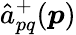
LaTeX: {\hat{a}}_{pq}^{+}(\boldsymbol{p})